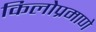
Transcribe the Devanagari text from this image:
किलोप्रमाणे